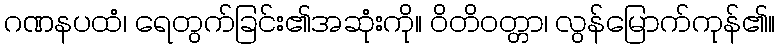
ဂဏနပထံ၊ ရေတွက်ခြင်း၏အဆုံးကို။ ဝိတိဝတ္တာ၊ လွန်မြောက်ကုန်၏။